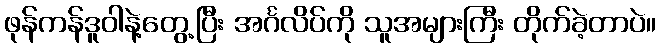
ဖုန်ကန်ဒူဝါနဲ့တွေ့ပြီး အင်္ဂလိပ်ကို သူအများကြီး တိုက်ခဲ့တာပဲ။